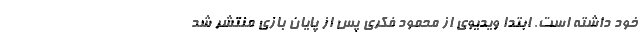
خود داشته است. ابتدا ویدیوی از محمود فکری پس از پایان بازی منتشر شد